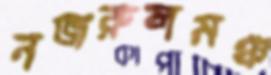
নজরুলমঞ্চ